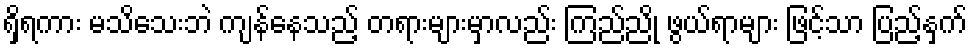
ရှိရကား မသိသေးဘဲ ကျန်နေသည့် တရားများမှာလည်း ကြည်ညို ဖွယ်ရာများ ဖြင့်သာ ပြည့်နှက်